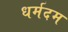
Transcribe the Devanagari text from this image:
धर्मदम